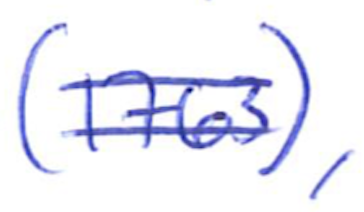
Text: (1763),
Cross-out: double-line
Writing tool: ballpoint